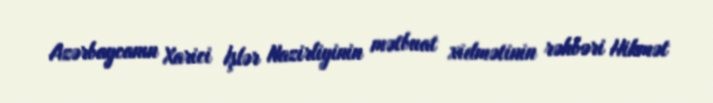
Azərbaycanın Xarici İşlər Nazirliyinin mətbuat xidmətinin rəhbəri Hikmət